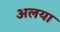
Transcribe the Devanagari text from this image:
अलया